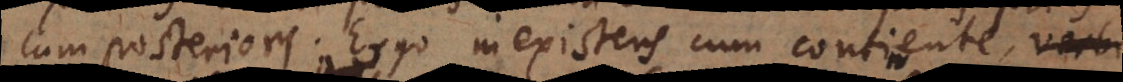
cum posteriori. Ergo inexistens cum continente, ut [